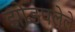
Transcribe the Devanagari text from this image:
झोडपलेले